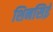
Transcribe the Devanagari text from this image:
शिनसिई